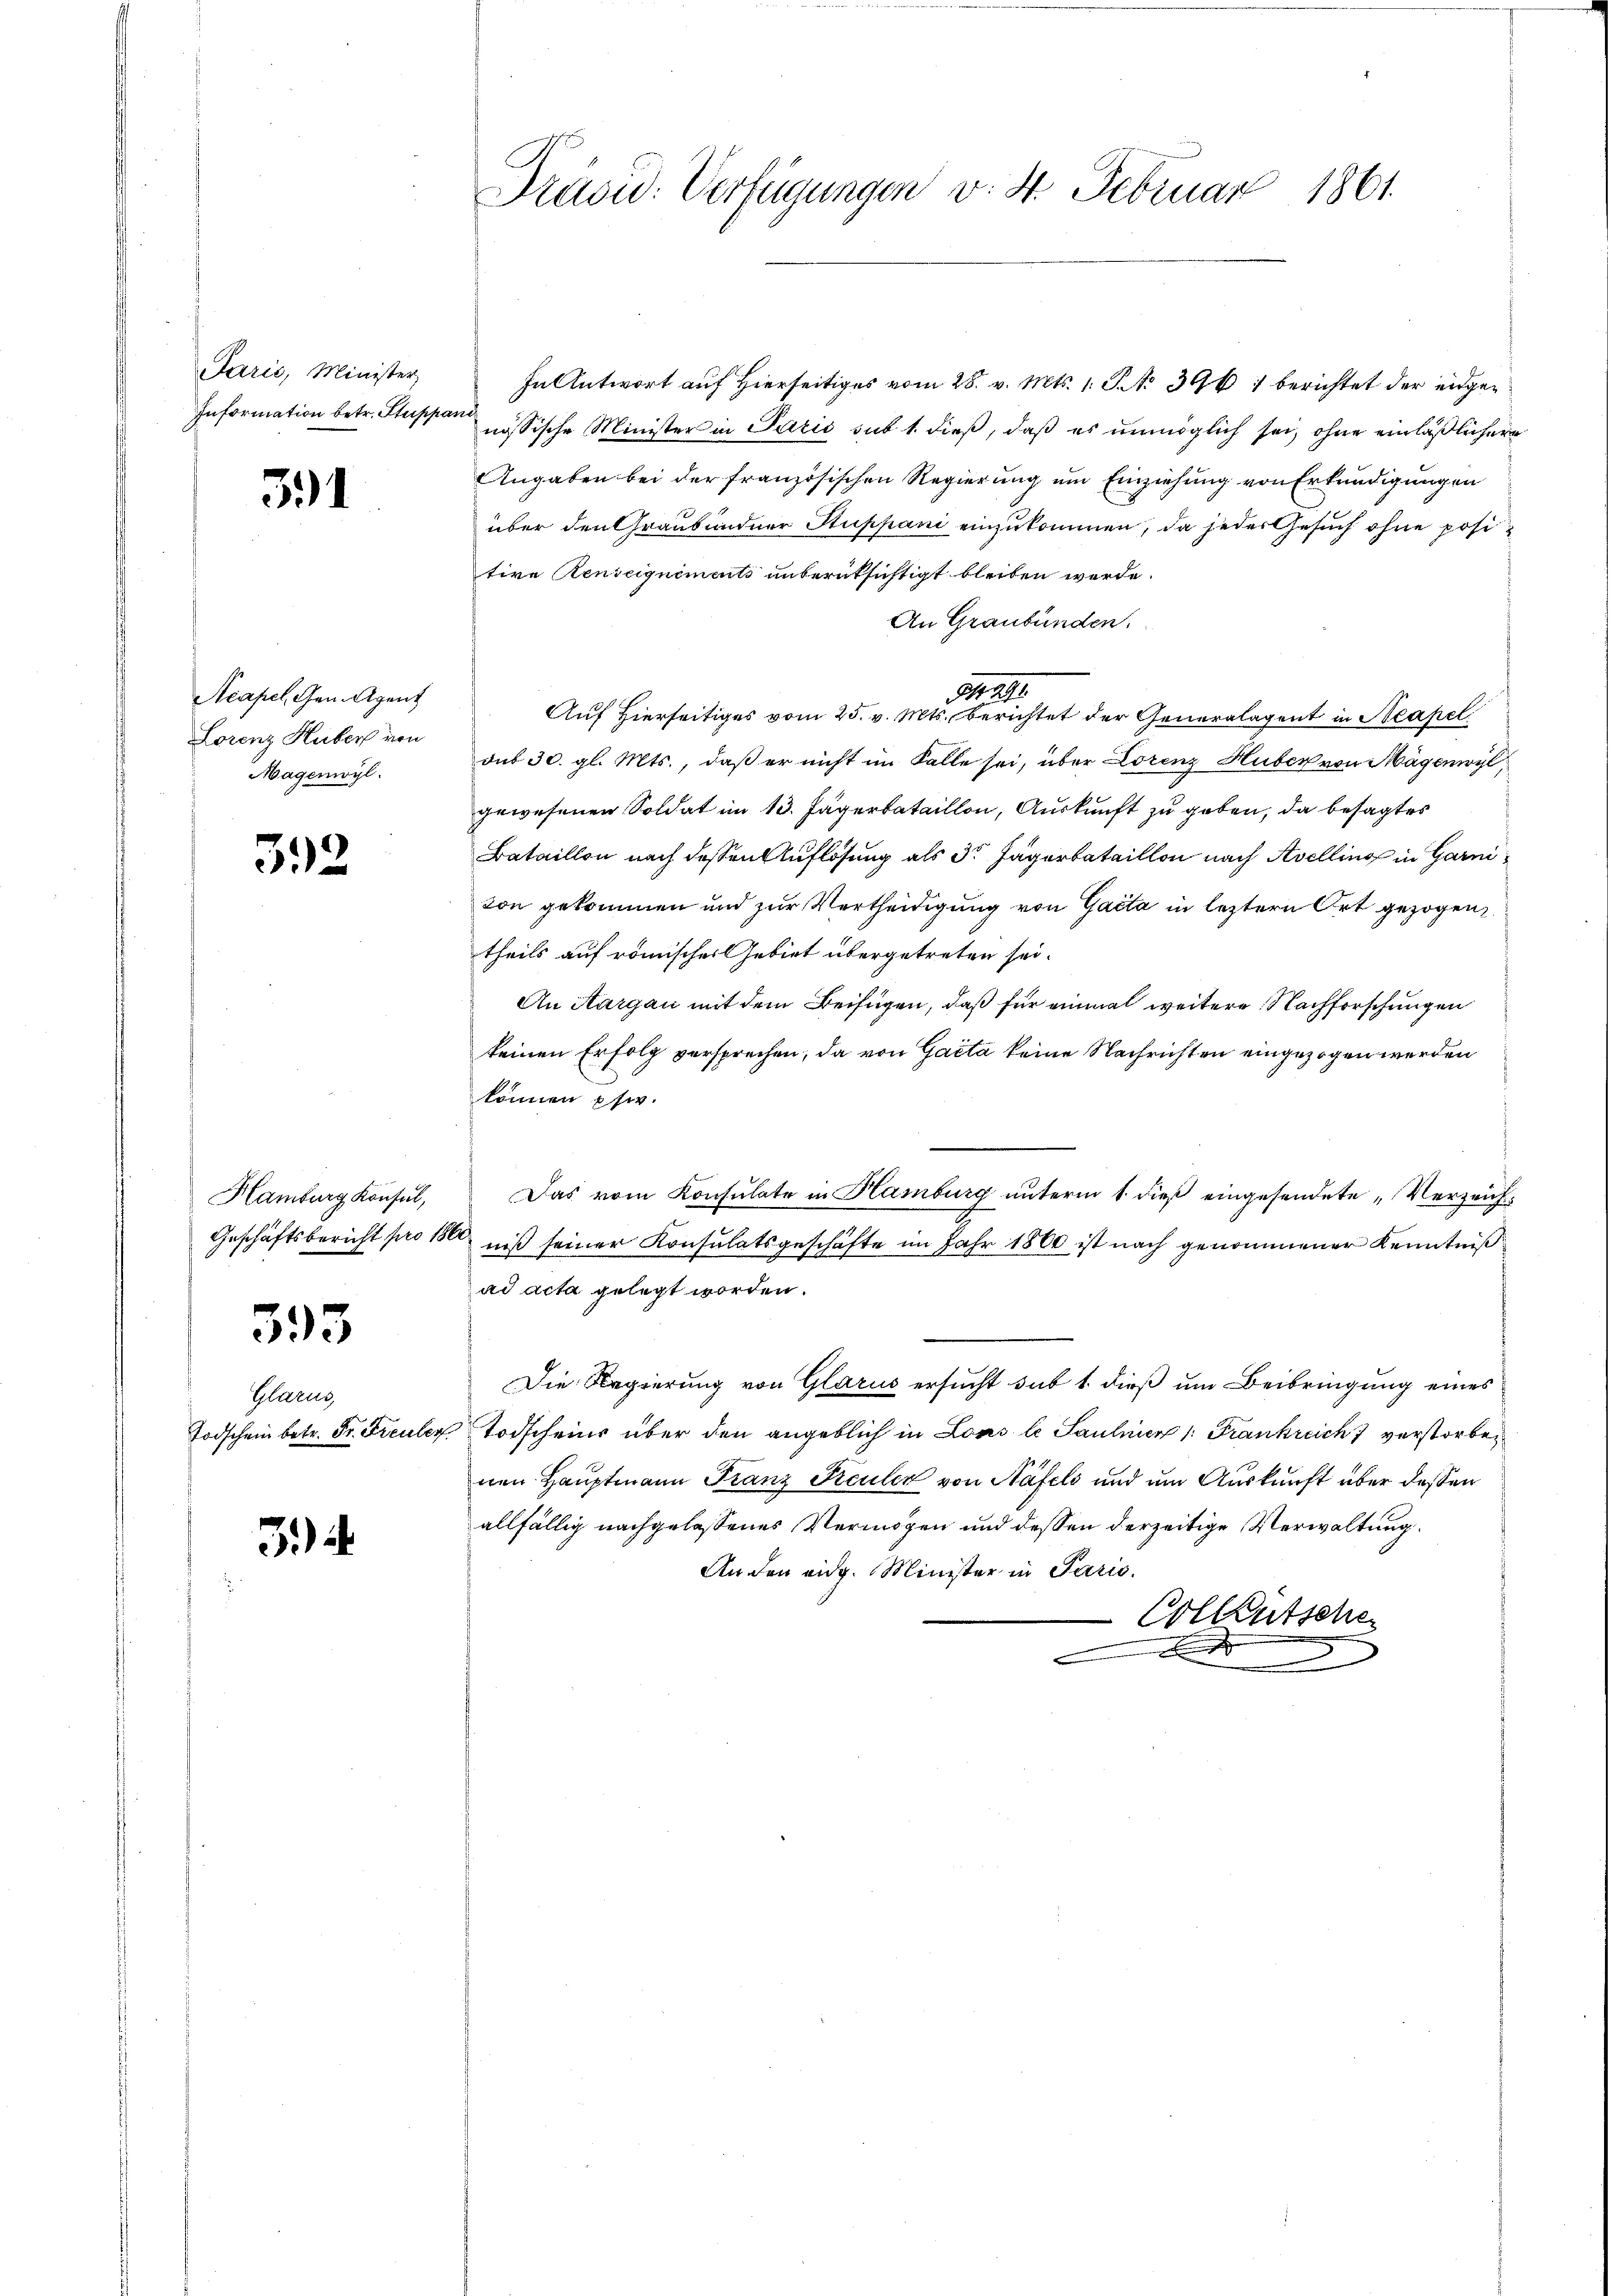
Parić, Minister,
Information betr. Stus

391

Acapel, Gen. Agent
Lorenz Huber von
Magenwyl.

32

Hamburg Konsul,
Geschäftsbericht pro 1

393

Glarus,
Todschein betr. Fr. Freule

3)

Priwid: Verfügungen v. St. Februar 1861

In Antwort auf Hierseitiges vom 28. v. Mts. 1. P. No 396) berichtet der eidgeant
nössische Minister in Parić sub 1. dieß, daß es unmöglich sei, ohne einläßlichere
Angaben bei der französischen Regierung um Einziehung von Erkundigungen
über den Graubündner Stuppani einzukommen, da jeder Gesuch ohne positive Renseignements unberüksichtigt bleiben werde.
An Graubünden.
221
3
Auf Hierseitiges vom 25. v. Mts., berichtet der Generalagent in Neapel
dus 30. gl. Mts., daß er nicht im Falle sei, über Lorenz Huber von Mägenwyl,
gewesenen Soldat im 13. Jägerbataillon, Auskunft zu geben, da besagtes
Bataillon nach dessen Auflösung als 3te Jägerbataillon nach Avelling in Garni
von gekommen und zur Vertheidigung von Gacta in letztern Ort gezogen,
theils auf römischer Gebiet übergetreten sei.
An Aargau mit dem Beifügen, daß für einmal weitere Nachforschungen
keinen Erfolg versprechen, da von Gaita keine Nachrichten eingezogen werden
können pfw.
n
Das vom Konsulate in Hamburg unterm 1. dieß eingesendete „Verzeichniß seiner Konsulatsgeschäfte im Jahr 1860 ist nach genommener Kenntniß
ad acta gelegt worden.
Die Regierung von Glarus ersucht sub 1. dieß um Beibringung eines
Todscheins über den angeblich in Lous le Paulnier 1. Frankreich verstorben
nen Hauptmann Franz Keuler von Näfels und um Auskunft über dessen
allfällig nachgelassenes Vermögen und dessen derzeitige Verwaltung
An den eidg. Minister in Paris.
Colkutsche
x